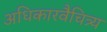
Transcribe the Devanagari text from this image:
अधिकारवैचित्र्य